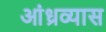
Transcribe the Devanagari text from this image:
आंध्रव्यास